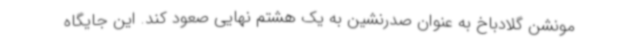
مونشن گلادباخ به عنوان صدرنشین به یک هشتم نهایی صعود کند. این جایگاه